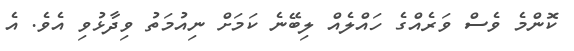
ކޮންމެ ވެސް ވަރެއްގެ ހައްލެއް ލިބޭނެ ކަމަށް ނިއުމަތު ވިދާޅުވި އެވެ. އެ